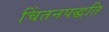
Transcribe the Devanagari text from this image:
चिंतनपद्धति